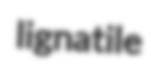
lignatile